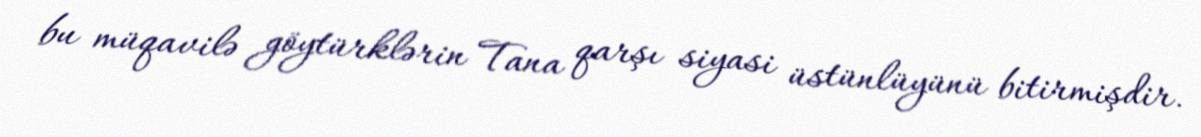
bu müqavilə göytürklərin Tana qarşı siyasi üstünlüyünü bitirmişdir.